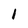
Character: 1